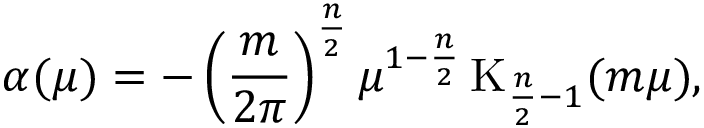
\alpha ( \mu ) = - \left( \frac { m } { 2 \pi } \right) ^ { \frac { n } 2 } \mu ^ { 1 - \frac { n } 2 } \, \mathrm { K } _ { \frac { n } 2 - 1 } ( m \mu ) ,